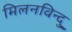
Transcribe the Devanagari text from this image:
मिलनविन्दु